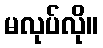
မလုပ်လို။